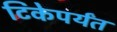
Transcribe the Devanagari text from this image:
टिकेपर्यंत